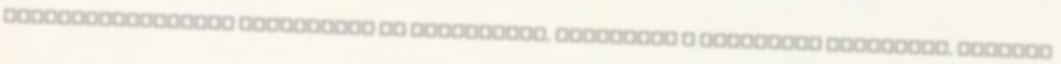
legoptimálisabban adagolható az ellenállás, fokozható a feladatok nehézsége, ugyanis